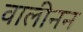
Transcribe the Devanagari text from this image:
वालीनन